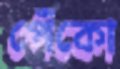
পেঁকো